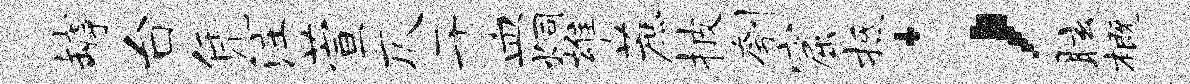
罅台凭注萱仄于皿炯雄蔗披刳窟抵；眩概